Annual report on the mental hospital in the Central Provinces and Berar (Nagpur) - 1927-1951
Year: 1927
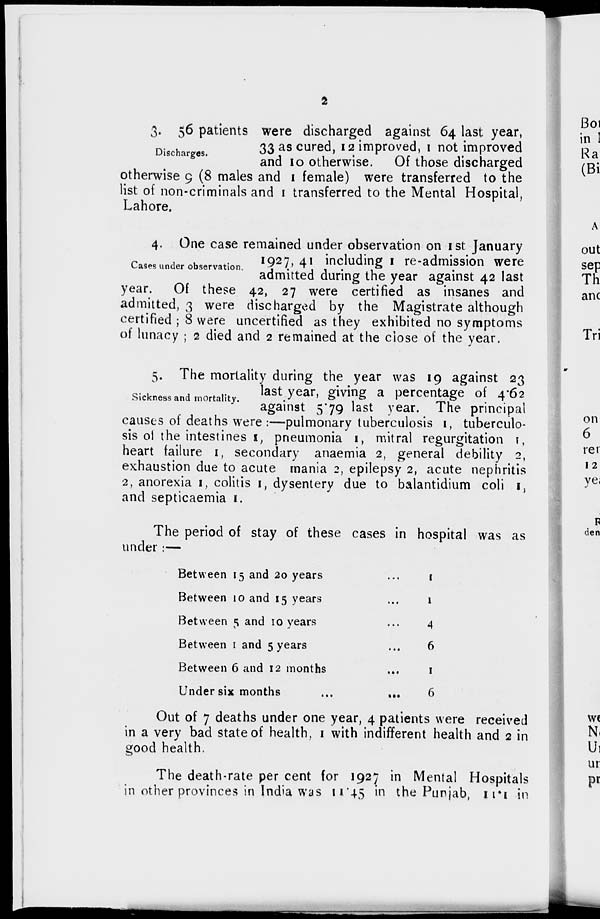
2
Discharges.
3. 56 patients were discharged against 64 last year,
33 as cured, 12 improved, 1 not improved
and 10 otherwise. Of those discharged
otherwise 9 (8 males and 1 female) were transferred to the
list of non-criminals and 1 transferred to the Mental Hospital,
Lahore.
Cases under observation.
4. One case remained under observation on 1st January
1927, 41 including 1 re-admission were
admitted during the year against 42 last
year. Of these 42, 27 were certified as insanes and
admitted, 3 were discharged by the Magistrate although
certified ; 8 were uncertified as they exhibited no symptoms
of lunacy ; 2 died and 2 remained at the close of the year.
Sickness and mortality.
5. The mortality during the year was 19 against 23
last year, giving a percentage of 4.62
against 5.79 last year. The principal
causes of deaths were :—pulmonary tuberculosis 1, tuberculo-
sis of the intestines 1, pneumonia 1, mitral regurgitation 1,
heart failure 1, secondary anaemia 2, general debility 2,
exhaustion due to acute mania 2, epilepsy 2, acute nephritis
2, anorexia 1, colitis 1, dysentery due to balantidium coli 1,
and septicaemia 1.
The period of stay of these cases in hospital was as
under:—
Between 15 and 20 years
...
Between 10 and 15 years
...
Between 5 and 10 years
...
Between 1 and 5 years
...
Between 6 and 12 months
...
Under six months
...
1
1
4
6
1
6
Out of 7 deaths under one year, 4 patients were received
in a very bad state of health, 1 with indifferent health and 2 in
good health.
The death-rate per cent for 1927 in Mental Hospitals
in other provinces in India was 11.45 in the Punjab, 11.1 in